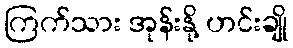
ကြက်သား အုန်းနို့ ဟင်းချို